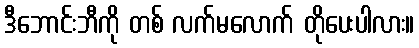
ဒီဘောင်းဘီကို တစ် လက်မလောက် တိုပေးပါလား။